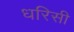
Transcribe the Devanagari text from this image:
धरिसी